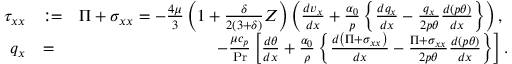
\begin{array} { r l r } { \tau _ { x x } } & { : = } & { \Pi + \sigma _ { x x } = - \frac { 4 \mu } { 3 } \left( 1 + \frac { \delta } { 2 \left( 3 + \delta \right) } Z \right) \left( \frac { d v _ { x } } { d x } + \frac { \alpha _ { 0 } } { p } \left\{ \frac { d q _ { x } } { d x } - \frac { q _ { x } } { 2 p \theta } \frac { d \left( p \theta \right) } { d x } \right\} \right) \mathrm { , ~ } } \\ { q _ { x } } & { = } & { - \frac { \mu c _ { p } } { \operatorname* { P r } } \left[ \frac { d \theta } { d x } + \frac { \alpha _ { 0 } } { \rho } \left\{ \frac { d \left( \Pi + \sigma _ { x x } \right) } { d x } - \frac { \Pi + \sigma _ { x x } } { 2 p \theta } \frac { d \left( p \theta \right) } { d x } \right\} \right] . } \end{array}